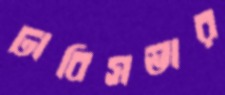
ঢাবিসভার